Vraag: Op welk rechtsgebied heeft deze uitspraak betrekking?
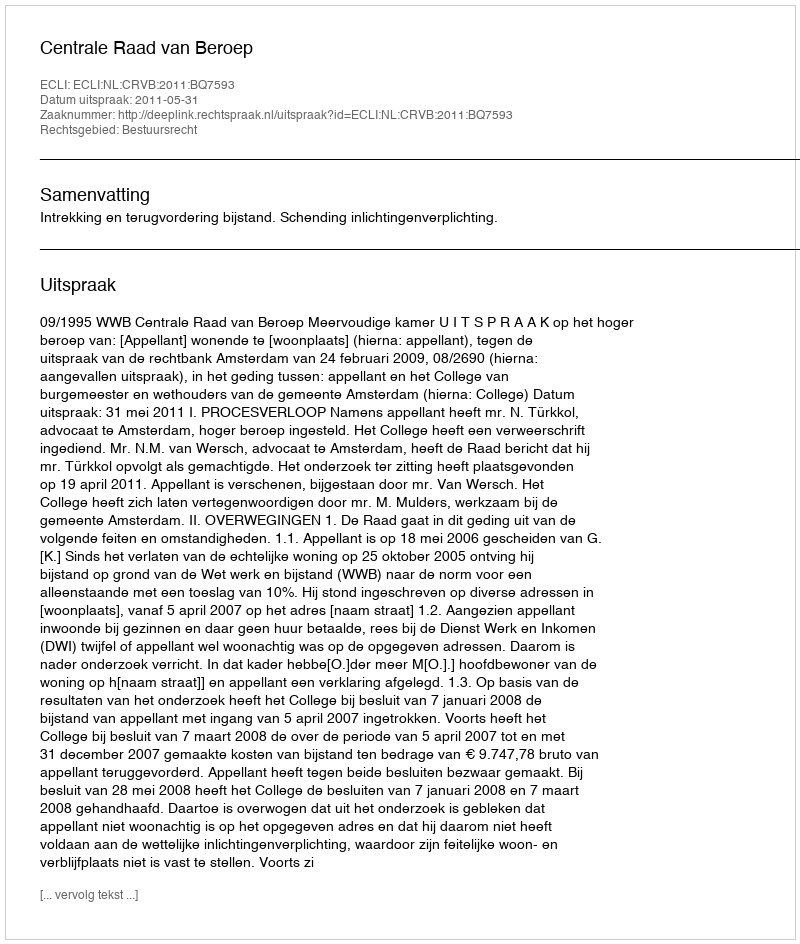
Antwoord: Bestuursrecht